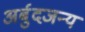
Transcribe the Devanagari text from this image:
अर्बुदजन्य